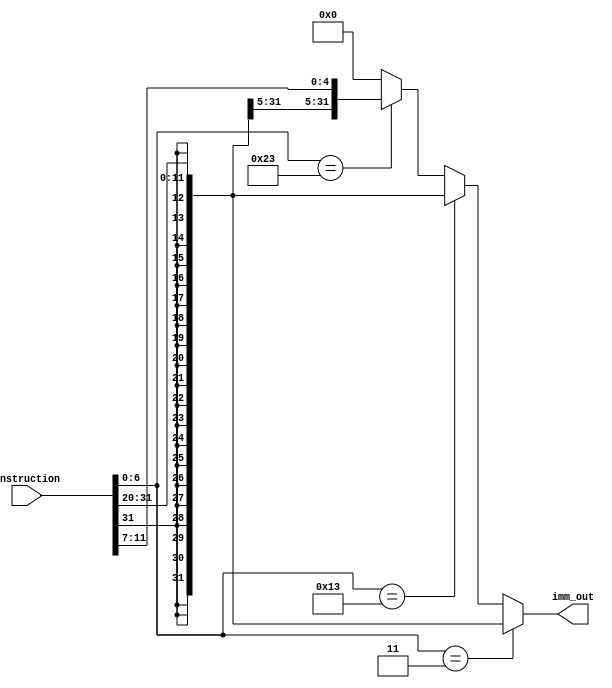
`timescale 1ns/1ps

module Imm_Gen (
    input [31:0] Instruction,
    output [31:0] imm_out
);
    wire [31:0] imm_I;
    wire [31:0] imm_S;
    wire [6:0] opcode;
    assign opcode = Instruction[6:0];
    
    assign imm_I = {{21{Instruction[31]}}, Instruction[30:20]};
    assign imm_S = {{21{Instruction[31]}}, Instruction[30:25], Instruction[11:7]};
    

    assign imm_out = (opcode == 7'b0000011) ? imm_I : 
                        (opcode == 7'b0010011) ? imm_I : 
                        (opcode == 7'b0100011) ? imm_S : 32'd0;
    
endmodule